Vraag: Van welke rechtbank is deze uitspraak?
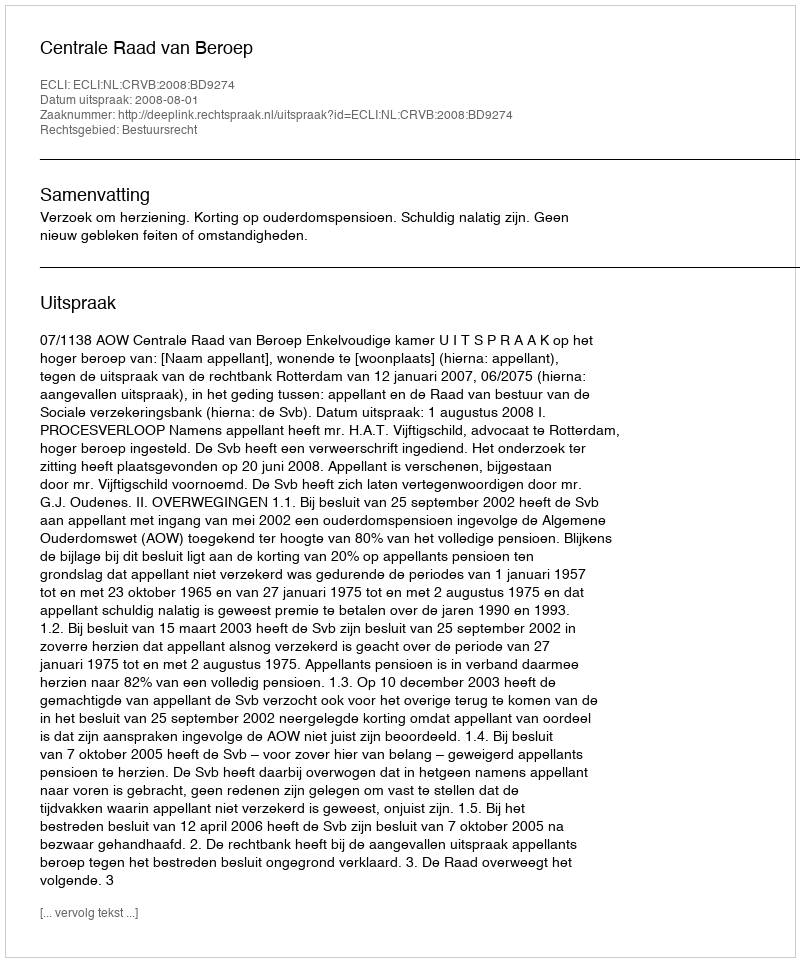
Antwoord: Centrale Raad van Beroep